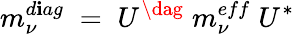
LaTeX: m_{\nu}^{d\mathbf{i}ag}\; =\; U^{\dag}\; m_{\nu}^{eff}\; U^{\ast}